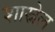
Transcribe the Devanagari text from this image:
शास्नेल